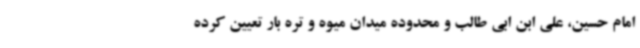
امام حسین، علی ابن ابی طالب و محدوده میدان میوه و تره بار تعیین کرده